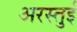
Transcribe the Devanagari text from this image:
अरस्तुई